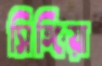
সিঙ্গিয়া